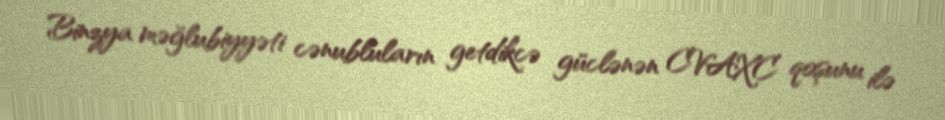
Binzya məğlubiyyəti cənubluların getdikcə güclənən CVAXC qoşunu ilə